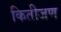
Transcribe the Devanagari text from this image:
कितीजण